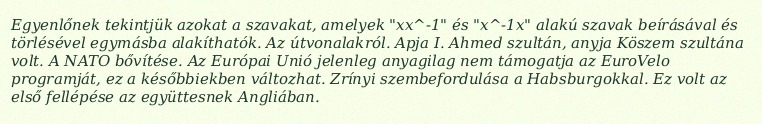
Egyenlőnek tekintjük azokat a szavakat, amelyek "xx^-1" és "x^-1x" alakú szavak beírásával és törlésével egymásba alakíthatók. Az útvonalakról. Apja I. Ahmed szultán, anyja Köszem szultána volt. A NATO bővítése. Az Európai Unió jelenleg anyagilag nem támogatja az EuroVelo programját, ez a későbbiekben változhat. Zrínyi szembefordulása a Habsburgokkal. Ez volt az első fellépése az együttesnek Angliában.